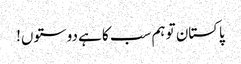
پاکستان تو ہم سب کا ہے دوستوں!